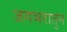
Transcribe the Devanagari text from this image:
जगभरातुन